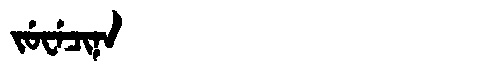
Manchu: ᠵᡠᠸᡝᠴᡳᠨᠠ
Romanization: JUWECINA